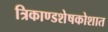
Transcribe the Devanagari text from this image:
त्रिकाण्डशेषकोशात